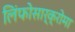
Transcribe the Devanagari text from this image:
लिंफोसार्क्रोमा